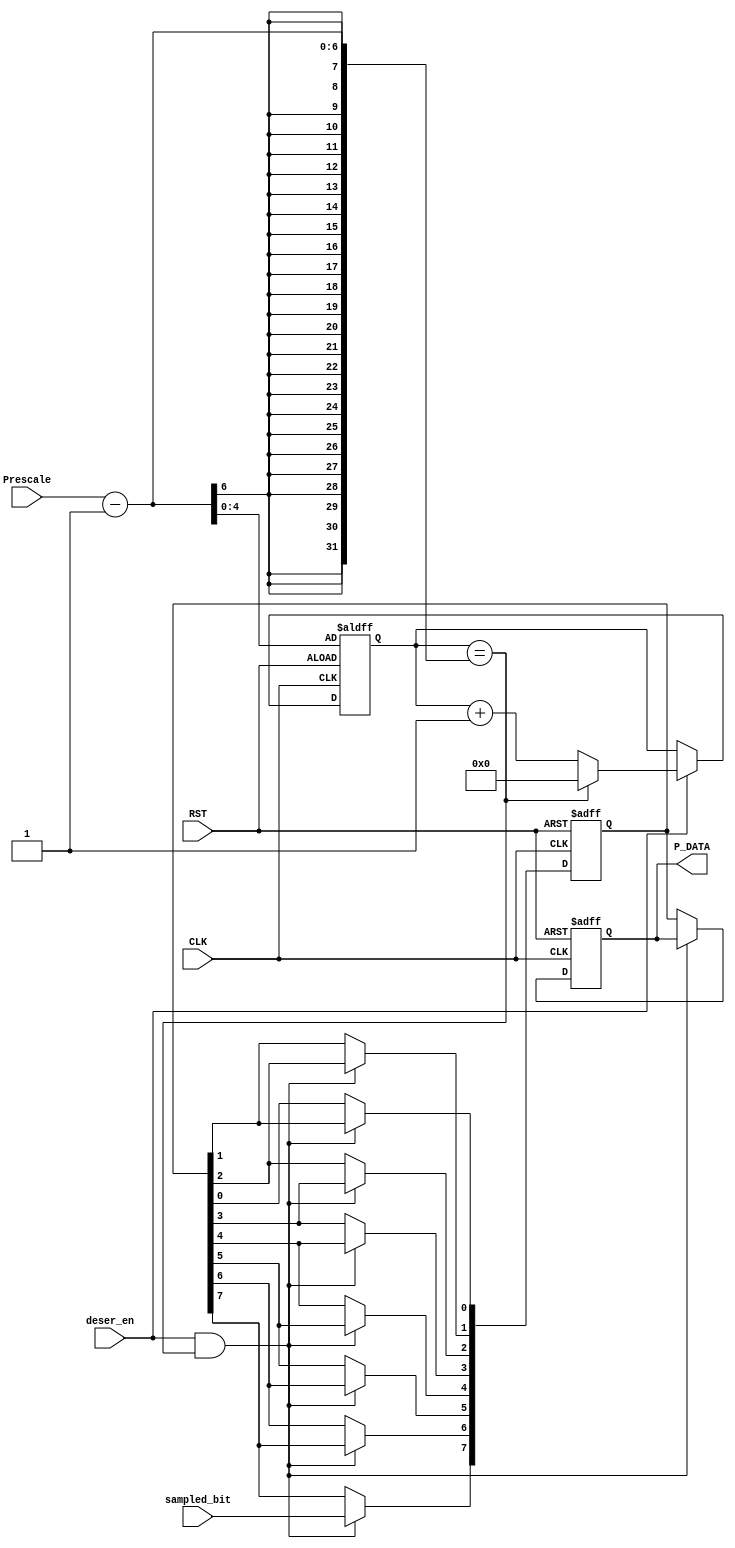
module deserializer 
(
input wire 		 sampled_bit,
input wire 		 deser_en,
input wire [5:0] Prescale,
input wire 	 	 CLK,RST,

output reg [7:0] P_DATA

);
wire count_max ;
reg [7:0] shift_reg ;
reg [4:0] count		;
always@(posedge CLK or negedge RST)
 begin
	if(!RST)
	 begin
		P_DATA 	  <= 8'b0;
		shift_reg <= 8'b0;
	 end
	else if (deser_en && count_max)
	 begin
		shift_reg[7] <= sampled_bit;
		shift_reg[6] <= shift_reg[7];
		shift_reg[5] <= shift_reg[6];
		shift_reg[4] <= shift_reg[5];
		shift_reg[3] <= shift_reg[4];
		shift_reg[2] <= shift_reg[3];
		shift_reg[1] <= shift_reg[2];
		shift_reg[0] <= shift_reg[1];
	 end
	else
		P_DATA <= shift_reg;
 end
 
 always@(posedge CLK or negedge RST)
  begin
	if(!RST)	
		begin
			count <= (Prescale-1);
		end
	else if (deser_en)
		begin
			if (!count_max)
				begin
					count <= count + 1'b1;
				end
			else 
				begin
					count <= 'b0;
				end	
		end
	else
		begin
			
		end
	
  end
 
 
 assign count_max = ( count == (Prescale-1)); 
 endmodule